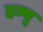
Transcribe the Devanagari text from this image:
हन्गू